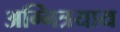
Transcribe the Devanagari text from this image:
अग्नित्रयाय